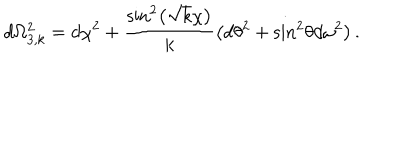
d \Omega _ { 3 , k } ^ { 2 } = d \chi ^ { 2 } + \frac { \sin ^ { 2 } \! \left( \sqrt { k } \chi \right) } { k } \left( d \theta ^ { 2 } + \sin ^ { 2 } \! \theta d \omega ^ { 2 } \right) .